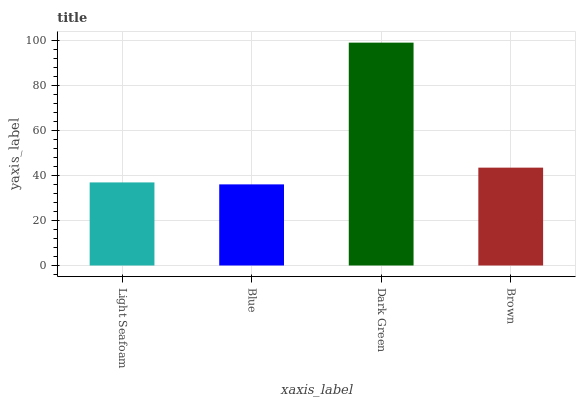
| xaxis_label | bars |
 | --- | --- |
 | Light Seafoam | 36.8 |
 | Blue | 36 |
 | Dark Green | 98.8 |
 | Brown | 43.4 |